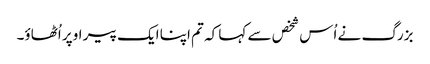
بزرگ نے اُس شخص سے کہا کہ تم اپنا ایک پیر اوپر اُٹھاؤ۔